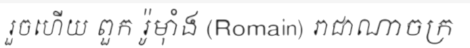
រួចហើយ ពួក រ៉ូម៉ាំង (Romain) រាជាណាចក្រ